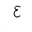
Letter: _ayn